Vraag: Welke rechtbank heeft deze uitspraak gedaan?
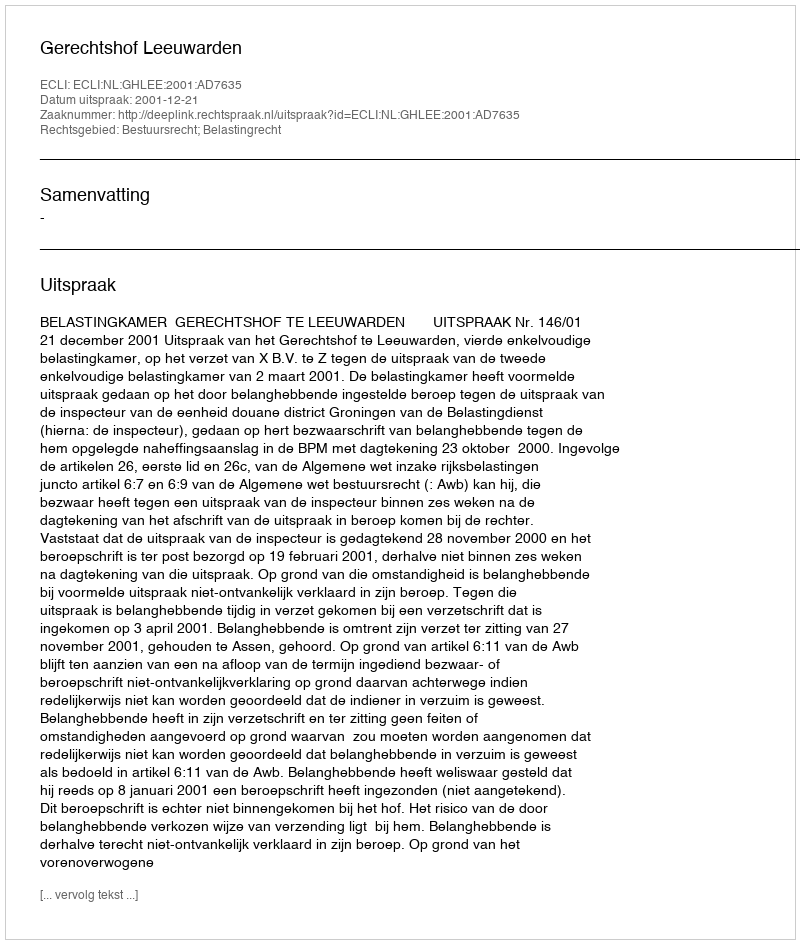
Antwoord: Gerechtshof Leeuwarden